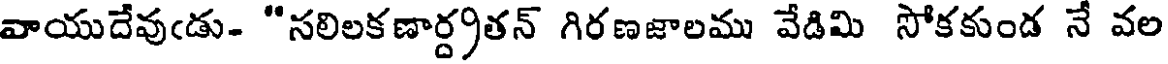
వాయుదేవుఁడు- "సలిలకణార్ద్రతన్ గిరణజాలము వేడిమి సోకకుండ నే వల